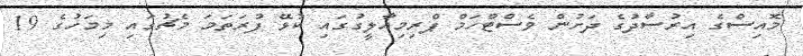
މޮއިސްގެ އިރުސާދުގެ ދަށުން ވެސްޓްހަމް ޕްރިމިއާލީގުގައި ކުޅޭ ފުރަތަމަ މެޗުގައި މިމަހުގެ 19